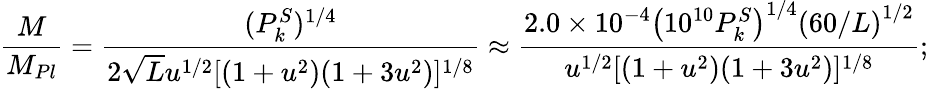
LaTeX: {\frac{M}{M_{Pl}}}={\frac{(P_{k}^{S})^{1/4}}{2\sqrt{L}u^{1/2}[(1+u^{2})(1+3u^{2})]^{1/8}}}\approx{\frac{2.0\times 10^{-4}\left(10^{10}P_{k}^{S}\right)^{1/4}\left({60/L}\right)^{1/2}}{u^{1/2}[(1+u^{2})(1+3u^{2})]^{1/8}}};